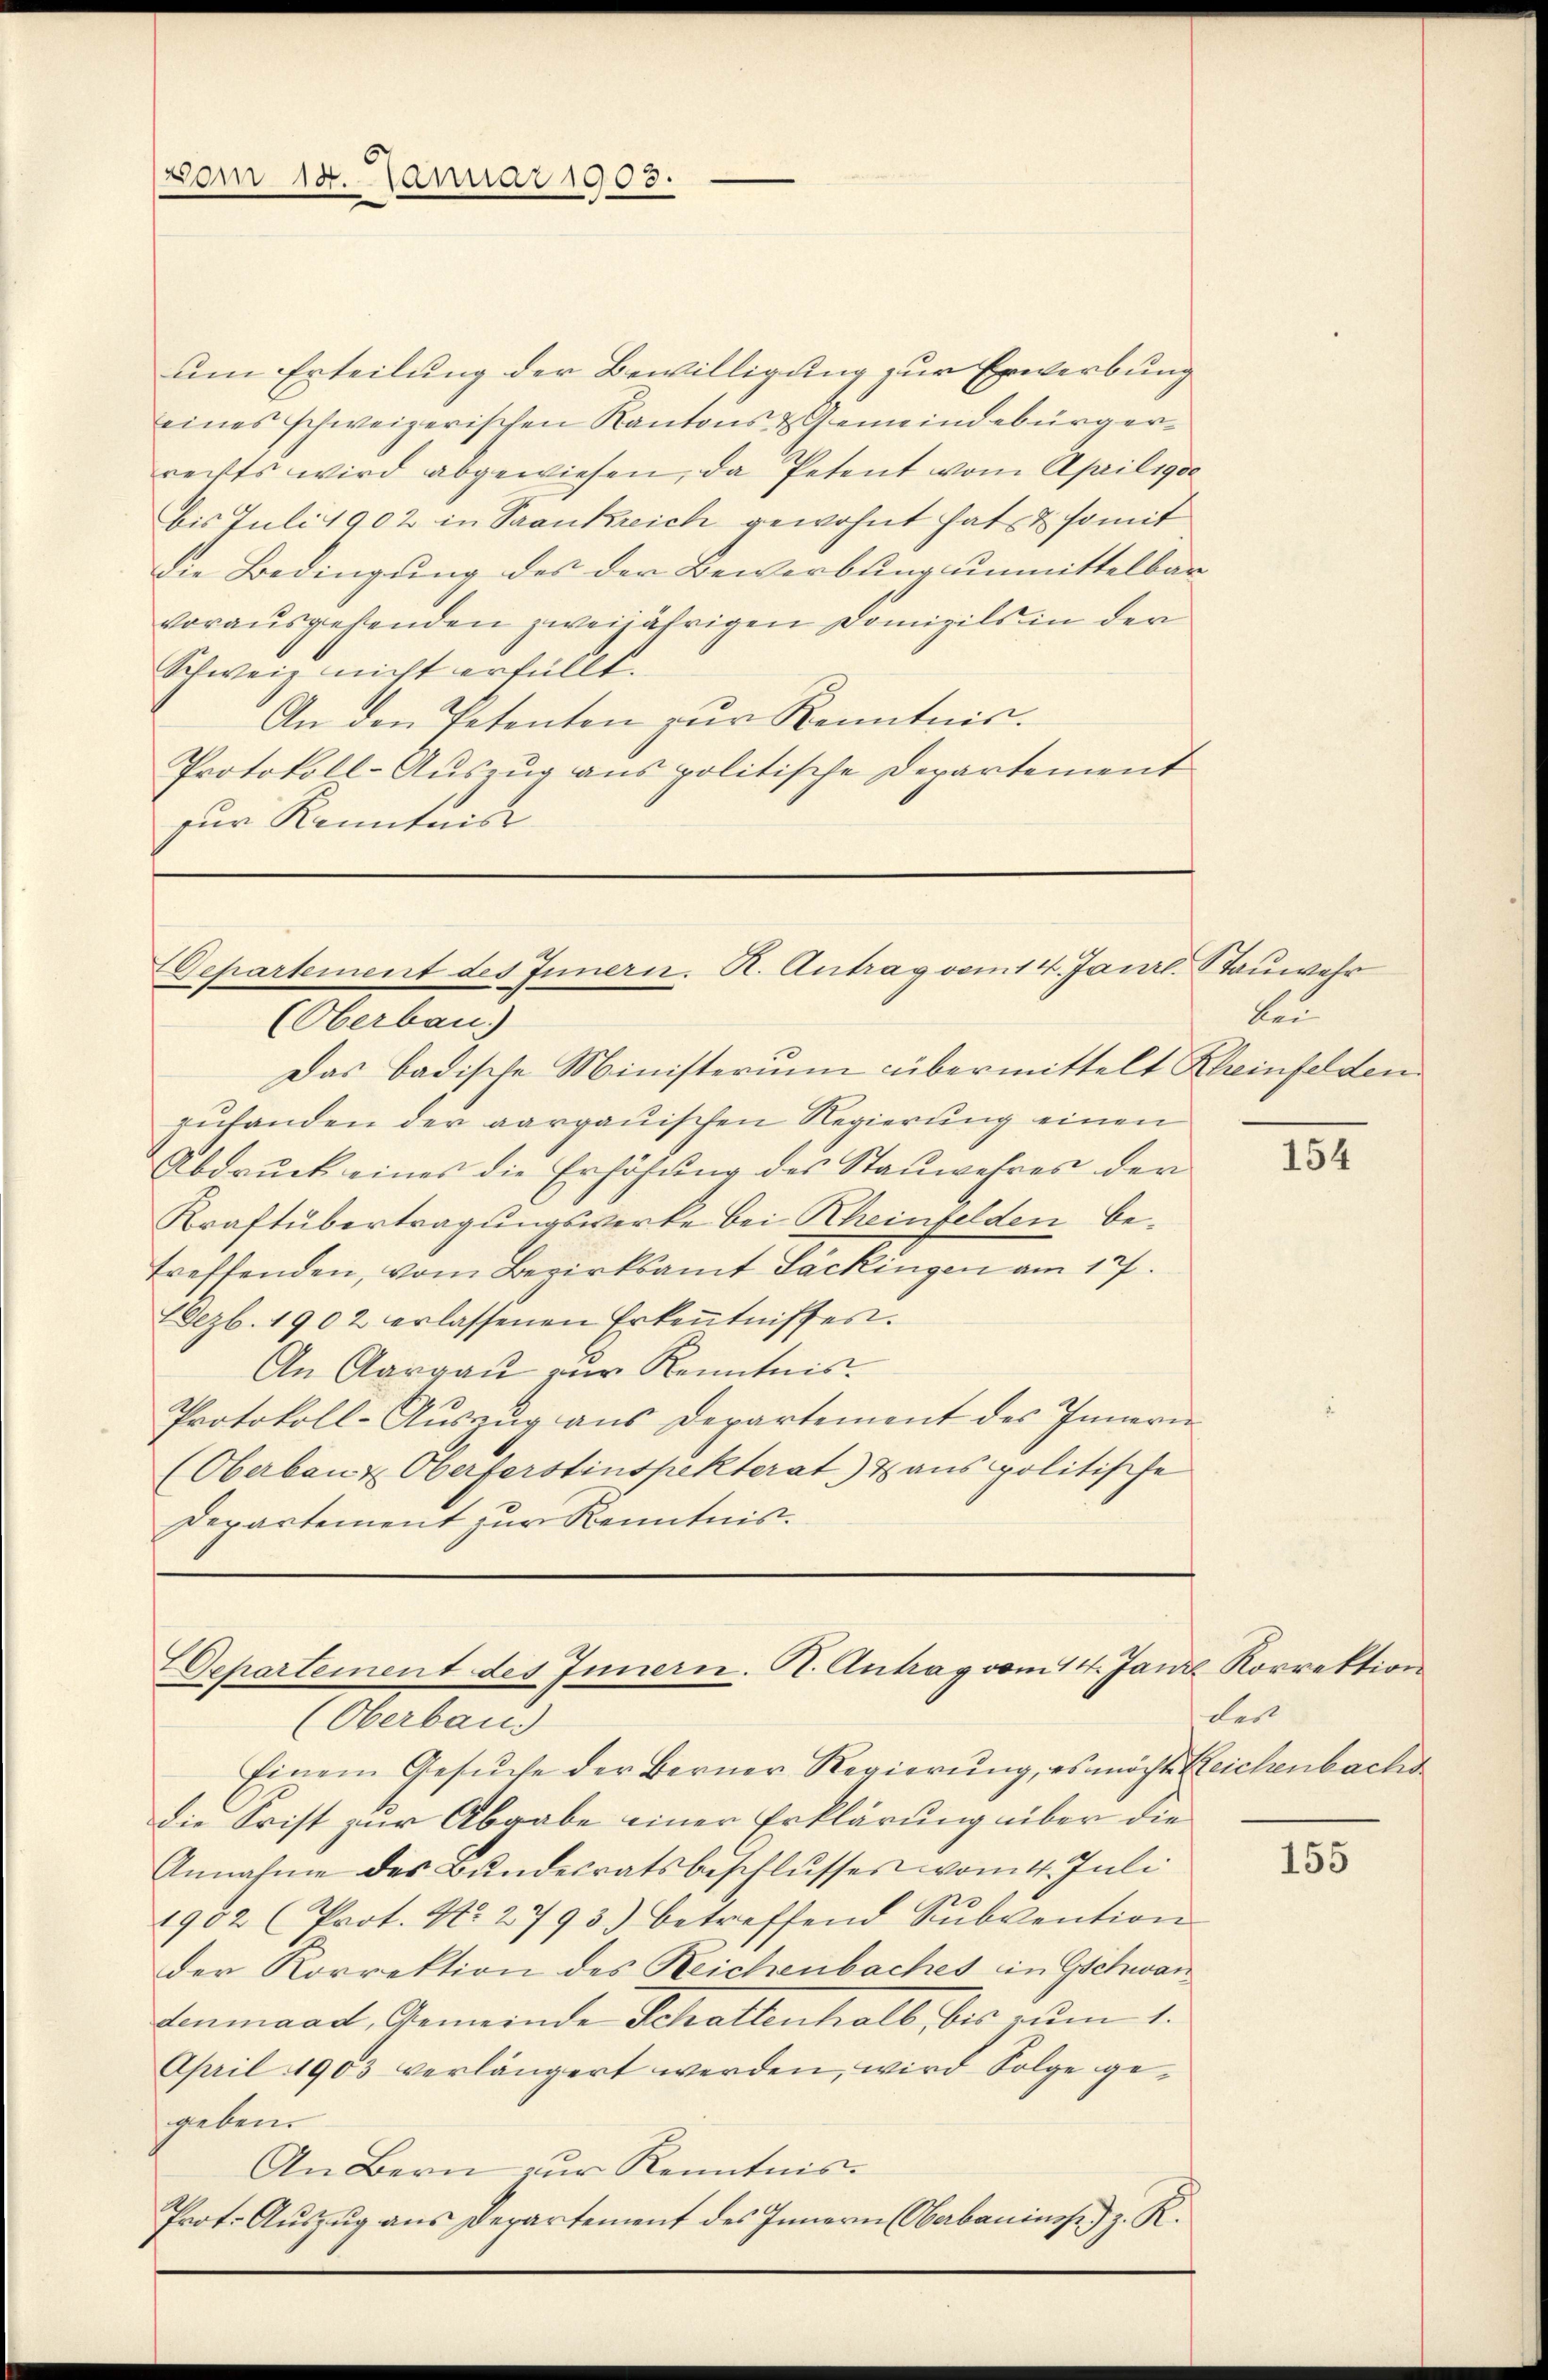
vom 14. Januar 1903.

um Erteilung der Bewilligung zur Erwerbung
eines schweizerischen Kantons & Gemeindebürgerrechts wird abgewiesen, da Petent vom Aprilige
bis Juli 1902 in Trankreich gewohnt hat & somit
Die Bedingung des der Bewerbung unmittelbar
vorausgehenden zweijährigen Domizils in der
Schweiz nicht erfüllt.
An den Petenten zŭr Kenntnis.
Protokoll-Aŭszŭg ans politische Departement
für Kenntnis

epartement des Innern. R. Antrag vom 14. Janrl. Stauwehr

Departement des Innern. A. Antrag vom 14. Janz Korrektion

(Oberbau)
Das badische Ministerium übermittelt Kleinfelden
zufanden der aargauischen Regierung einen
Abdruck eines die Erhöhŭng des Staŭwehres der
Kraft übertragungswerke bei Rheinfelden betreffenden, vom Bezirksamt Lackingen am 17.
ezb. 1902 erlassenen Erkeṅtnisses.
An Aargaŭ zŭr Kenntnis.
Protokoll-Aŭszŭg ans Departement des Innern
(Oberbaut Oberferstinspekterat) & aus politische
Departement zur Kenntnis.

(Oberbau
Einem Gesŭche der Berner Regierung, es möcht Bleichenbachs
Die Krist zur Abgabe einer Erklärung über die
Annahme des Bundesratsbeschlusses vom 4. Juli
1902 (Prot. No. 2793) betreffend Sŭbvention
der Korrektion des Reichenbaches in Gschwandenmaadt, Gemeinde Schattenhalb bis zum 1.
April 1903 verlängert werden, wird Folge gegeben.
An Bern zur Kenntnis¬
Prot. Aŭszŭg ans Departement des Innern (Oberbauinsp) z. R.

kau

154

bes

155